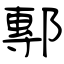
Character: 鄟